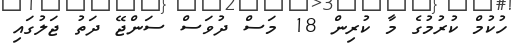
ހުކުމް ކުރުމުގެ މާ ކުރިން 18 މަސް ދުވަސް ސަންޖޭ ދަތު ޖަލުގައި